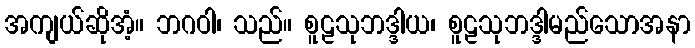
အကျယ်ဆိုအံ့။ ဘဂဝါ၊ သည်။ စူဠသုဘဒ္ဒါယ၊ စူဠသုဘဒ္ဒါမည်သောအနာ